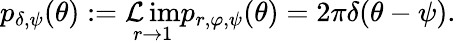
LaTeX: p_{\delta,\psi}(\theta):=\operatorname*{\mathcal{L}im}_{r\to1}p_{r,\varphi,\psi}(\theta)=2\pi\delta(\theta-\psi).